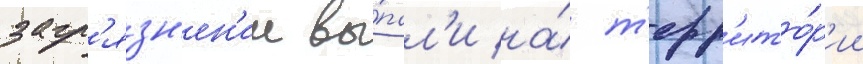
загр'язн'ен'ии вы́пал'и на́ т'ерр'ито́р'ии